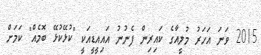
2015 ވަނަ އަހަރު މުލީއާގެ ކައިރިން ފެނުނު އައިއީޑީއަކީ "ކުޅޭކުޅޭ ބޮމެއް" ކަމަށް